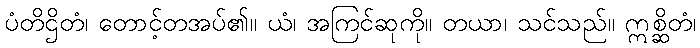
ပံတိဌိတံ၊ တောင့်တအပ်၏။ ယံ၊ အကြင်ဆုကို။ တယာ၊ သင်သည်။ ဣစ္ဆိတံ၊